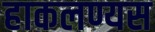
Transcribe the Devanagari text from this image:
हाकलण्यस